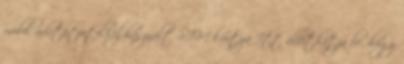
mobil adatátvitelhez használt SIM kártya Itt állíthatja be, hogy